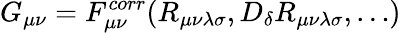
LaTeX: G_{\mu\nu}=F_{\mu\nu}^{corr}(R_{\mu\nu\lambda\sigma},D_{\delta}R_{\mu\nu\lambda\sigma},\dots)